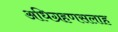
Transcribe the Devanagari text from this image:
अधिग्रहणसलाह